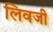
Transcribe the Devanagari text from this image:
लिवजी